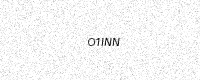
Text: O1INN